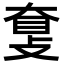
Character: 𥆗